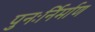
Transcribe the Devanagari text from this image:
पुनःर्निर्माण